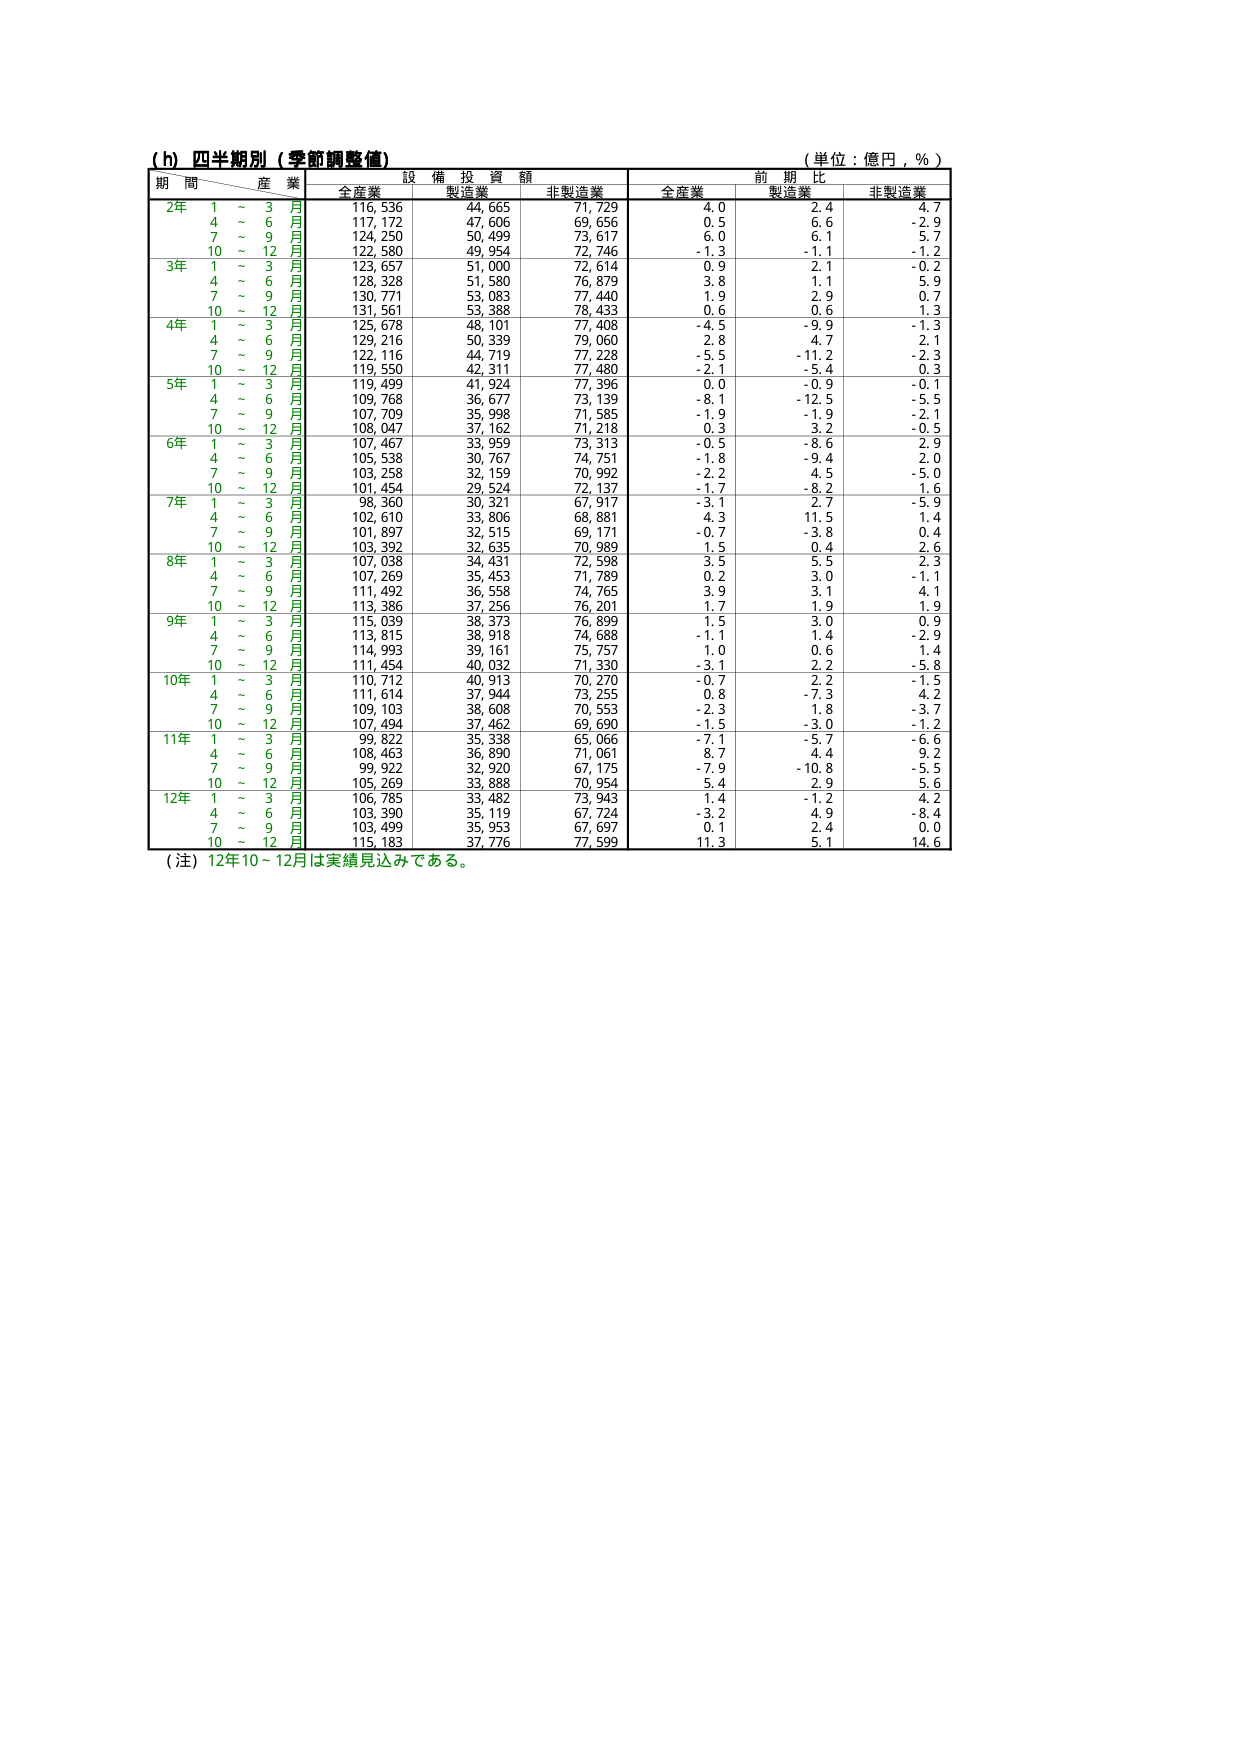
(h) 四半期別（季節調整値）
（単位：億円，％）

期間 産業 設備投資額 前期比
　　　　全産業 製造業 非製造業 全産業 製造業 非製造業

2年 1～3月 116,536 44,665 71,729 4.0 2.4 4.7
　　 4～6月 117,172 47,606 69,656 0.5 6.6 -2.9
　　 7～9月 124,250 50,499 73,617 6.0 6.1 5.7
　　 10～12月 122,580 49,954 72,746 -1.3 -1.1 -1.2

3年 1～3月 123,657 51,000 72,614 0.9 2.1 -0.2
　　 4～6月 128,328 51,580 76,879 3.8 1.1 5.9
　　 7～9月 130,771 53,083 77,440 1.9 2.9 0.7
　　 10～12月 131,561 53,388 78,433 0.6 0.6 1.3

4年 1～3月 125,678 48,101 77,408 -4.5 -9.9 -1.3
　　 4～6月 129,216 50,339 79,060 2.8 4.7 2.1
　　 7～9月 122,116 44,719 77,228 -5.5 -11.2 -2.3
　　 10～12月 119,550 42,311 77,480 -2.1 -5.4 0.3

5年 1～3月 119,499 41,924 77,396 0.0 -0.9 -0.1
　　 4～6月 109,768 36,677 73,139 -8.1 -12.5 -5.5
　　 7～9月 107,709 35,998 71,585 -1.9 -1.9 -2.1
　　 10～12月 108,047 37,162 71,218 0.3 3.2 -0.5

6年 1～3月 107,467 33,959 73,313 -0.5 -8.6 2.9
　　 4～6月 105,538 30,767 74,751 -1.8 -9.4 2.0
　　 7～9月 103,258 32,159 70,992 -2.2 4.5 -5.0
　　 10～12月 101,454 29,524 72,137 -1.7 -8.2 1.6

7年 1～3月 98,360 30,321 67,917 -3.1 2.7 -5.9
　　 4～6月 102,610 33,806 68,881 4.3 11.5 1.4
　　 7～9月 101,897 32,515 69,171 -0.7 -3.8 0.4
　　 10～12月 103,392 32,635 70,989 1.5 0.4 2.6

8年 1～3月 107,038 34,431 72,598 3.5 5.5 2.3
　　 4～6月 107,269 35,453 71,789 0.2 3.0 -1.1
　　 7～9月 111,492 36,558 74,765 3.9 3.1 4.1
　　 10～12月 113,386 37,256 76,201 1.7 1.9 1.9

9年 1～3月 115,039 38,373 76,899 1.5 3.0 0.9
　　 4～6月 113,815 38,918 74,688 -1.1 1.4 -2.9
　　 7～9月 114,993 39,161 75,757 1.0 0.6 1.4
　　 10～12月 111,454 40,032 71,330 -3.1 2.2 -5.8

10年 1～3月 110,712 40,913 70,270 -0.7 2.2 -1.5
　　 4～6月 111,614 37,944 73,255 0.8 -7.3 4.2
　　 7～9月 109,103 38,608 70,553 -2.3 1.8 -3.7
　　 10～12月 107,494 37,462 69,690 -1.5 -3.0 -1.2

11年 1～3月 99,822 35,338 65,066 -7.1 -5.7 -6.6
　　 4～6月 108,463 36,890 71,061 8.7 4.4 9.2
　　 7～9月 99,922 32,920 67,175 -7.9 -10.8 -5.5
　　 10～12月 105,269 33,888 70,954 5.4 2.9 5.6

12年 1～3月 106,785 33,482 73,943 -1.4 -1.2 4.2
　　 4～6月 103,390 35,119 67,724 -3.2 4.9 -8.4
　　 7～9月 103,499 35,953 67,697 0.1 2.4 0.0
　　 10～12月 115,183 37,776 77,599 11.3 5.1 14.6

（注）12年10～12月は実績見込みである。